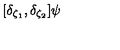
[ \delta _ { \zeta _ { 1 } } , \delta _ { \zeta _ { 2 } } ] \psi